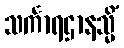
သင်္ကာရဌာနသ္မိံ